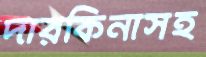
দারকিনাসহ